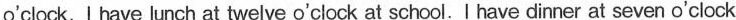
o'clock. I have lunch at twelve o'clock at school.I have dinner at seven o'clock